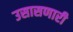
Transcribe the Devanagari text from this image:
उसासणारी